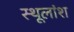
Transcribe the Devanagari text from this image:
स्थूलांश